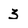
Character: 3